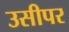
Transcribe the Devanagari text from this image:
उसीपर